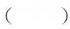
（）